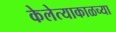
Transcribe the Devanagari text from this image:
केलेत्याकाळच्या